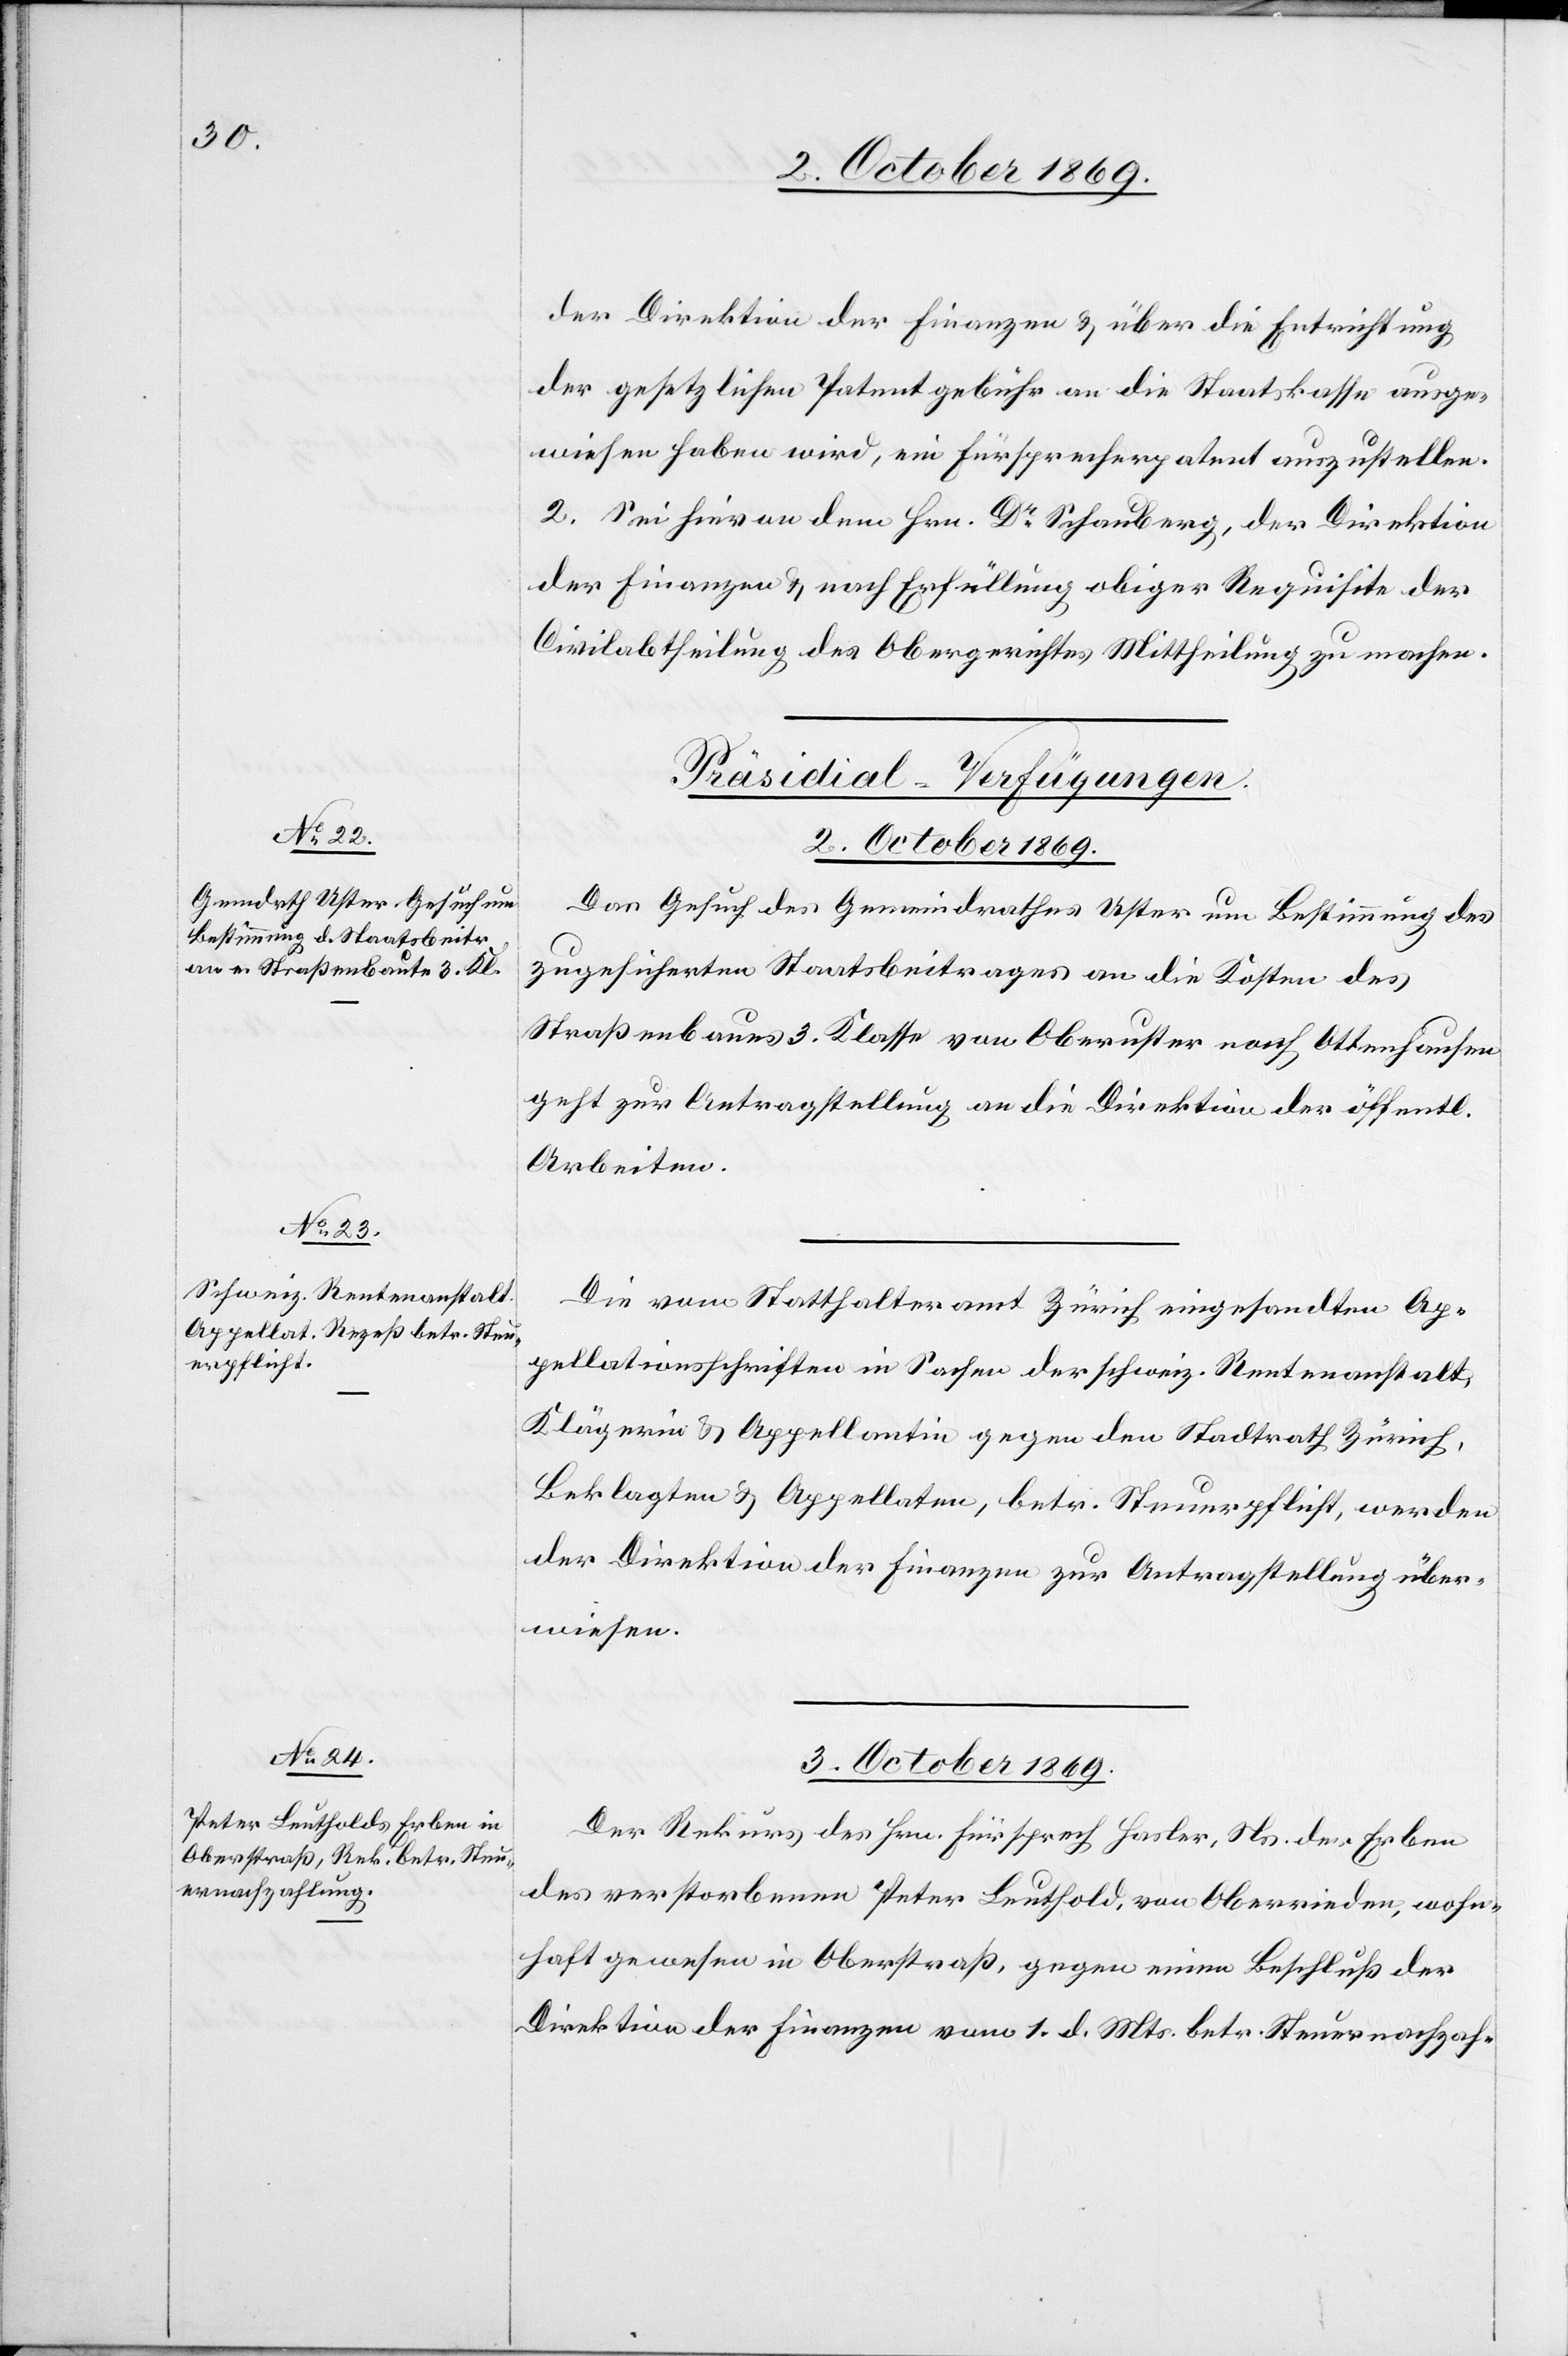
3. October 1869.
der Direktion der Finanzen & über die Entrichtung
der gesetzlichen Patentgebühr an die Staatskasse ausge¬
wiesen haben wird, ein Fürsprecherpatent auszustellen.
2. Sei hievon dem Hrn. Dr Schauberg, der Direktion
der Finanzen & nach Erfüllung obiger Requisite der
Civilabtheilung des Obergerichtes Mittheilung zu machen.
[Präsidial-Verfügungen.]
Das Gesuch des Gemeindrathes Uster um Bestimmung des
zugesicherten Staatsbeitrages an die Kosten des
Straßenbaues 3. Klasse von Oberuster nach Ottenhausen
geht zur Antragstellung an die Direktion der öffentl.
Arbeiten.
Die vom Statthalteramt Zürich eingesandten Ap¬
pellationsschriften in Sachen der schweiz. Rentenanstalt,
Klägerin & Appellantin gegen den Stadtrath Zürich,
Beklagten & Appellaten, betr. Steuerpflicht, werden
der Direktion der Finanzen zur Antragstellung über¬
wiesen.
Der Rekurs des Hrn. Fürsprech Hasler, Ns. der Erben
des verstorbenen Peter Leuthold, von Oberrieden, wohn¬
haft gewesen in Oberstraß, gegen einen Beschluß der
Direktion der Finanzen vom 1. d. Mts. betr. Steuernachzah-